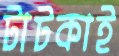
টাটকাই